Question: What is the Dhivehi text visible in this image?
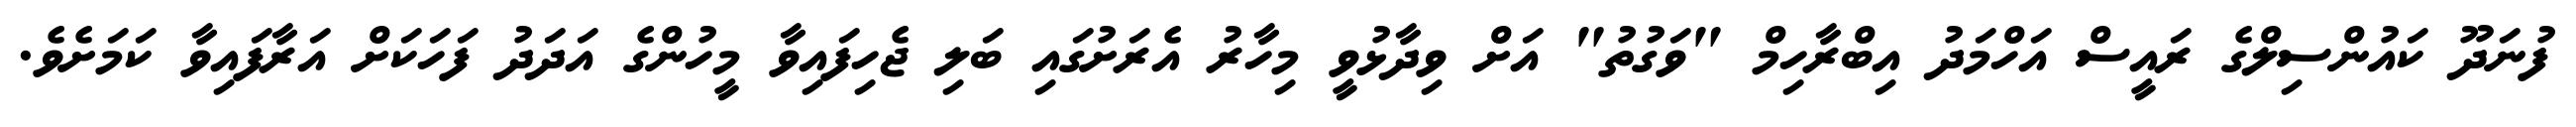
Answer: ފުނަދޫ ކައުންސިލްގެ ރައީސް އަހްމަދު އިބްރާހިމް "ވަގުތު" އަށް ވިދާޅުވީ މިހާރު އެރަށުގައި ބަލި ޖެހިފައިވާ މީހުންގެ އަދަދު ފަހަކަށް އަރާފައިވާ ކަމަށެވެ.